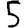
Digit: 5